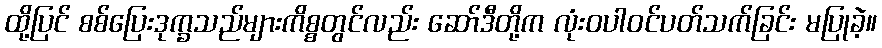
ထို့ပြင် စစ်ပြေးဒုက္ခသည်များကိစ္စတွင်လည်း ဆော်ဒီတို့က လုံးဝပါဝင်ပတ်သက်ခြင်း မပြုခဲ့။